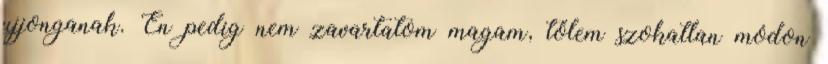
ujjonganak. Én pedig nem zavartatom magam, tőlem szokatlan módon